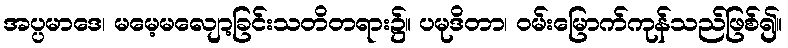
အပ္ပမာဒေ၊ မမေ့မလျော့ခြင်းသတိတရား၌။ ပမုဒိတာ၊ ဝမ်းမြောက်ကုန်သည်ဖြစ်၍။